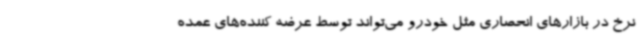
نرخ در بازارهای انحصاری مثل خودرو می‌تواند توسط عرضه کننده‌های عمده